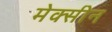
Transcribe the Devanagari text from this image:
मेक्सीन